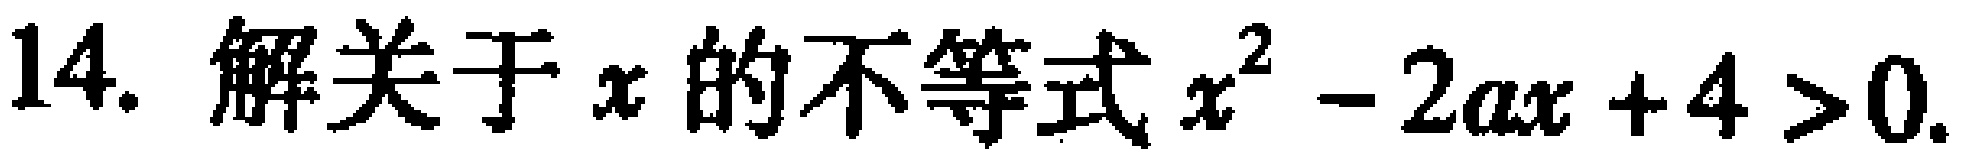
14. 解关于\(x\)的不等式\(x^{2}-2ax + 4>0\).